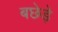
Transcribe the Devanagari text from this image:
बछेड़े